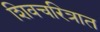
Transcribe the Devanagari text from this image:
शिवचरित्रात